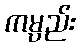
ကမ္ပည်း